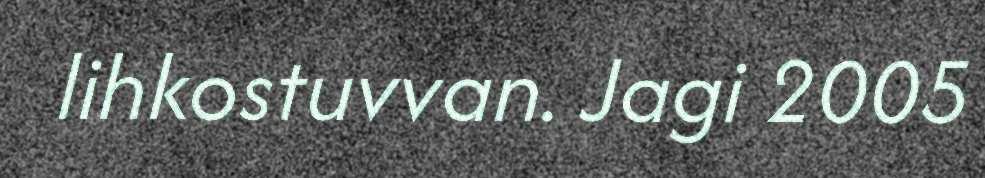
lihkostuvvan. Jagi 2005